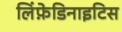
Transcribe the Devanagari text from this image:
लिंफ़ेडिनाइटिस